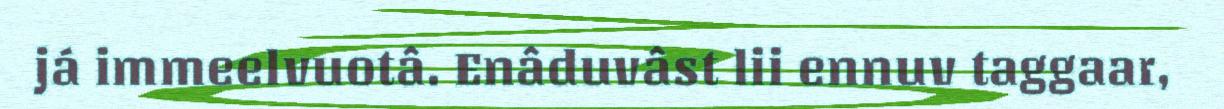
já immeelvuotâ. Enâduvâst lii ennuv taggaar,